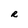
Character: R